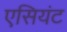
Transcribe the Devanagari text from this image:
एसियंट